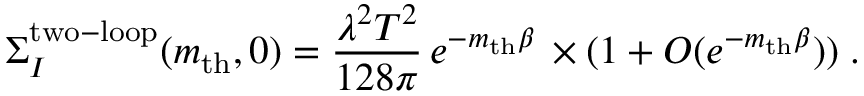
\Sigma _ { I } ^ { \mathrm { \scriptsize { t w o - l o o p } } } ( m _ { \mathrm { t h } } , 0 ) = { \frac { \lambda ^ { 2 } T ^ { 2 } } { 1 2 8 \pi } } \, e ^ { - m _ { \mathrm { t h } } \beta } \, \times ( 1 + { \cal O } ( e ^ { - m _ { \mathrm { t h } } \beta } ) ) \; .